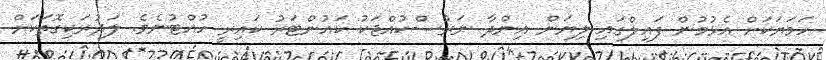
ހަމަޔަކަށް އެޅުމުން ފައިލްގައި ލިޔަން އިންދާ ނަރުސްކުއްޖަކު ކައުންޓަރު ކައިރީ ހުއްޓުނެވެ. ލަދުރަކިގޮތަކަށް